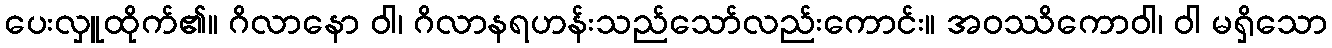
ပေးလှူထိုက်၏။ ဂိလာနော ဝါ၊ ဂိလာနရဟန်းသည်သော်လည်းကောင်း။ အဝဿိကောဝါ၊ ဝါ မရှိသော